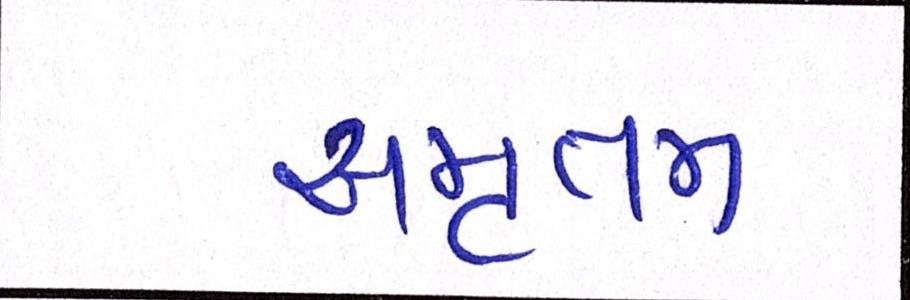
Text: અમૃતમ